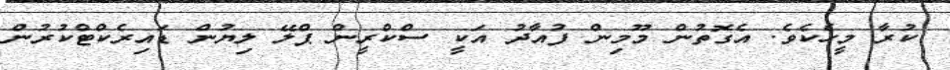
ކުރާ މީހެކެވެ. އެގޮތުން މޫމިން ފުއާދު އަކީ ސްކްރީން ޕްލޭ ލިޔުން ޑައިރެކްޓްކުރުން